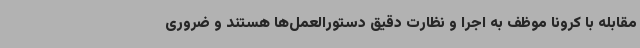
مقابله با کرونا موظف به اجرا و نظارت دقیق دستورالعمل‌ها هستند و ضروری